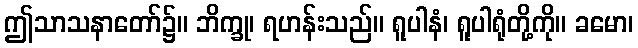
ဤသာသနာတော်၌။ ဘိက္ခု၊ ရဟန်းသည်။ ရူပါနံ၊ ရူပါရုံတို့ကို။ ခမော၊